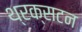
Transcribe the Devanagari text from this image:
थ्रक्सटन